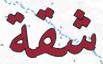
شقة